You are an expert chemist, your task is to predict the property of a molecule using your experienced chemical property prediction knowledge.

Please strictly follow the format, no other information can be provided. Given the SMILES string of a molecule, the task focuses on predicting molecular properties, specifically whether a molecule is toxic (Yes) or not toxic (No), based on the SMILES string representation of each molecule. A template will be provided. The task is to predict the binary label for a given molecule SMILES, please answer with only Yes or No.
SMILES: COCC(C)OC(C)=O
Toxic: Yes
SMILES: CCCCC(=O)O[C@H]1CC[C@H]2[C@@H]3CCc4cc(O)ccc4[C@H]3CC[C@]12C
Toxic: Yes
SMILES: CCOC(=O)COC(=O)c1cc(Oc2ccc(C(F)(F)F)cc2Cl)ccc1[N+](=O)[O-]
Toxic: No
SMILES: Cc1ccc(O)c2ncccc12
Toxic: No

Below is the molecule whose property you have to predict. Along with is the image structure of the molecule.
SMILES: CCOC(=O)COc1ccc(C)cc1
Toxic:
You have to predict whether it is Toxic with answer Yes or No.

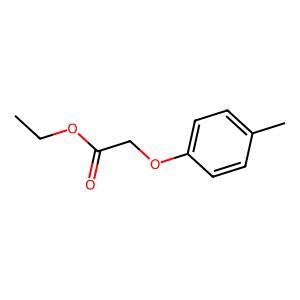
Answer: No